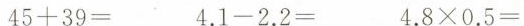
$$4 5 + 3 9 =$$ $$4 . 1 - 2 . 2 = $$ $$4 . 8 \times 0 . 5 =$$